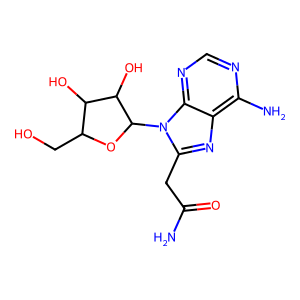
SMILES: NC(=O)Cc1nc2c(N)ncnc2n1C1OC(CO)C(O)C1O
Inhibits HIV replication: No